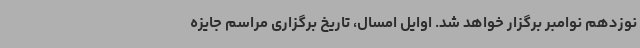
نوزدهم نوامبر برگزار خواهد شد. اوایل امسال، تاریخ برگزاری مراسم جایزه